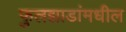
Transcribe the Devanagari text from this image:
फुलझाडांमधील